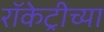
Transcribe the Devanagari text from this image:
रॉकेट्रीच्या